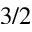
3 / 2